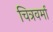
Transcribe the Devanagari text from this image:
चित्रवर्मा